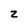
Character: z